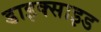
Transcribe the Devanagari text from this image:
डाइक्साइड